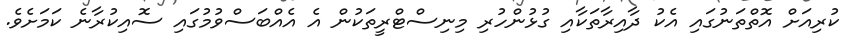
ކުރިއަށް އޮތްތަނުގައި އެކު ދާއިރާތަކާއި ގުޅުންހުރި މިނިސްޓްރީތަކުން އެ އެއްބަސްވުމުގައި ސޮއިކުރާނެ ކަމަށެވެ.